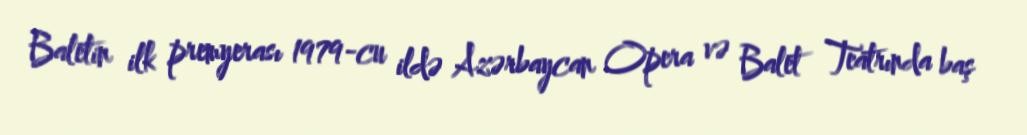
Baletin ilk premyerası 1979-cu ildə Azərbaycan Opera və Balet Teatrında baş